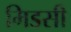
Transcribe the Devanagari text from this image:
मिडसी